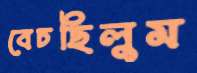
বেচছিলুম